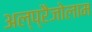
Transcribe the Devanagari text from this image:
अल्प्रैजोलाम